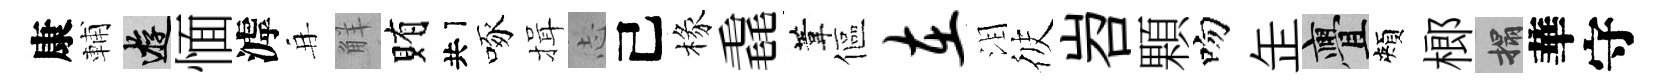
康輔游愐滹再觧賄共啄揖𢖽己椽毳葦傴在泪彼岧顆吻𦈢亹頰榔搨華守